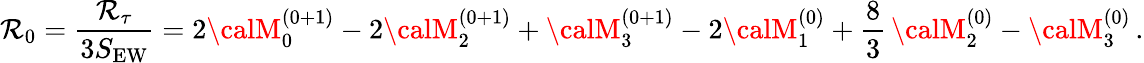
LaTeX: \mathcal{R}_{0}={\frac{{\mathcal{R}_{\tau}}}{{3S_{\mathrm{{EW}}}}}}=2{\calM}_{0}^{(0+1)}-2{\calM}_{2}^{(0+1)}+{\calM}_{3}^{(0+1)}-2{\calM}_{1}^{(0)}+{\frac{{8}}{{3}}}\, {\calM}_{2}^{(0)}-{\calM}_{3}^{(0)}\, .